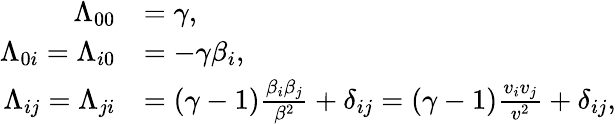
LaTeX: {\begin{array}{rl}{\Lambda_{00}}&{=\gamma,}\\ {\Lambda_{0i}=\Lambda_{i0}}&{=-\gamma\beta_{i},}\\ {\Lambda_{ij}=\Lambda_{ji}}&{=(\gamma-1){\frac{\beta_{i}\beta_{j}}{\beta^{2}}}+\delta_{ij}=(\gamma-1){\frac{v_{i}v_{j}}{v^{2}}}+\delta_{ij},}\end{array}}